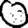
Digit: 0